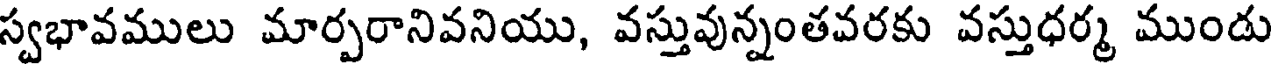
స్వభావములు మార్పరానివనియు, వస్తువున్నంతవరకు వస్తుధర్మ ముండు